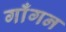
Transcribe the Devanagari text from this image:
गाँगन